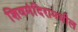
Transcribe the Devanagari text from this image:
शिवमंदिरामधील